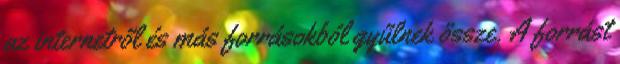
az internetről és más forrásokból gyűlnek össze. A forrást